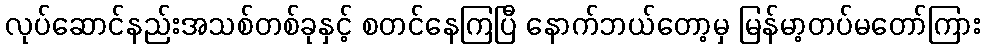
လုပ်ဆောင်နည်းအသစ်တစ်ခုနှင့် စတင်နေကြပြီ နောက်ဘယ်တော့မှ မြန်မာ့တပ်မတော်ကြား